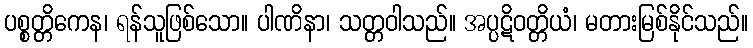
ပစ္စတ္တိကေန၊ ရန်သူဖြစ်သော။ ပါဏိနာ၊ သတ္တဝါသည်။ အပ္ပဋိဝတ္တိယံ၊ မတားမြစ်နိုင်သည်။